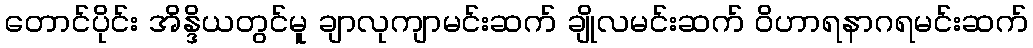
တောင်ပိုင်း အိန္ဒိယတွင်မူ ချာလုကျာမင်းဆက် ချိုလမင်းဆက် ဝိဟာရနာဂရမင်းဆက်